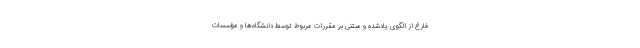
فارغ از الگوی یادشده و مبتنی بر مقرّرات مربوط توسط دانشگاه‌ها و مؤسسات